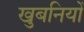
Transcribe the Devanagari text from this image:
खुबनियों